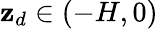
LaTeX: \mathbf{z}_{d}\in(-H,0)